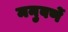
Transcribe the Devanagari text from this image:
मनुवर्णे